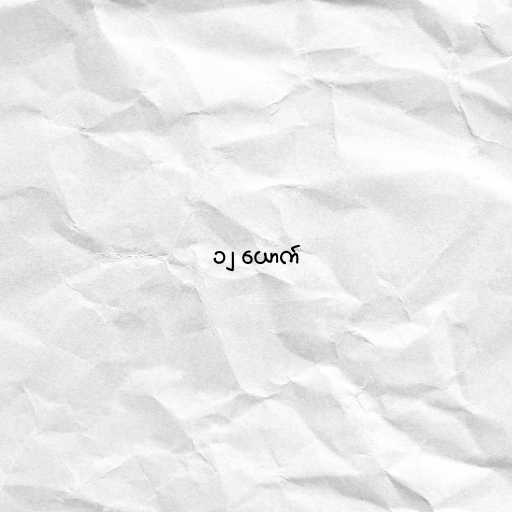
၁၂ ယောက်